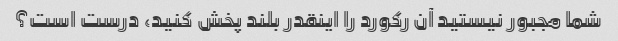
شما مجبور نیستید آن رکورد را اینقدر بلند پخش کنید، درست است؟